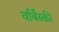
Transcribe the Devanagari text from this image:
वर्बिंस्की